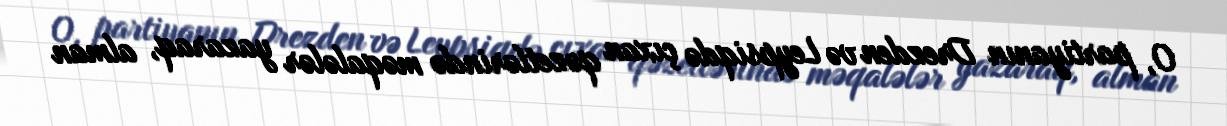
O, partiyanın Drezden və Leypsiqdə çıxan qəzetlərində məqalələr yazaraq, alman